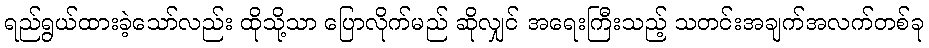
ရည်ရွယ်ထားခဲ့သော်လည်း ထိုသို့သာ ပြောလိုက်မည် ဆိုလျှင် အရေးကြီးသည့် သတင်းအချက်အလက်တစ်ခု